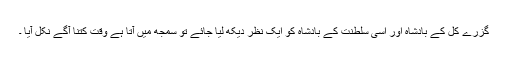
﻿ گزرے کل کے بادشاہ اور اسی سلطنت کے بادشاہ کو ایک نظر دیکھ لیا جائے تو سمجھ میں آتا ہے وقت کتنا آگے نکل آیا ۔